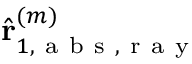
\hat { \mathbf { r } } _ { 1 , \mathrm { ~ a ~ b ~ s ~ , ~ r ~ a ~ y ~ } } ^ { ( m ) }